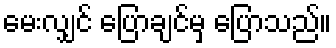
မေးလျှင် ပြောချင်မှ ပြောသည်။